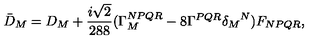
{ \bar { D } } _ { M } = D _ { M } + \frac { i \sqrt { 2 } } { 2 8 8 } ( \Gamma _ { M } ^ { N P Q R } - 8 \Gamma ^ { P Q R } { \delta _ { M } } ^ { N } ) F _ { N P Q R } ,